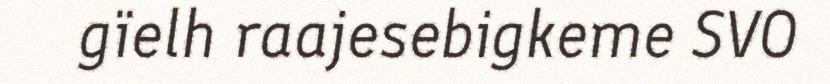
gïelh raajesebigkeme SVO